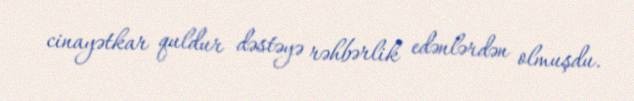
cinayətkar quldur dəstəyə rəhbərlik edənlərdən olmuşdu.